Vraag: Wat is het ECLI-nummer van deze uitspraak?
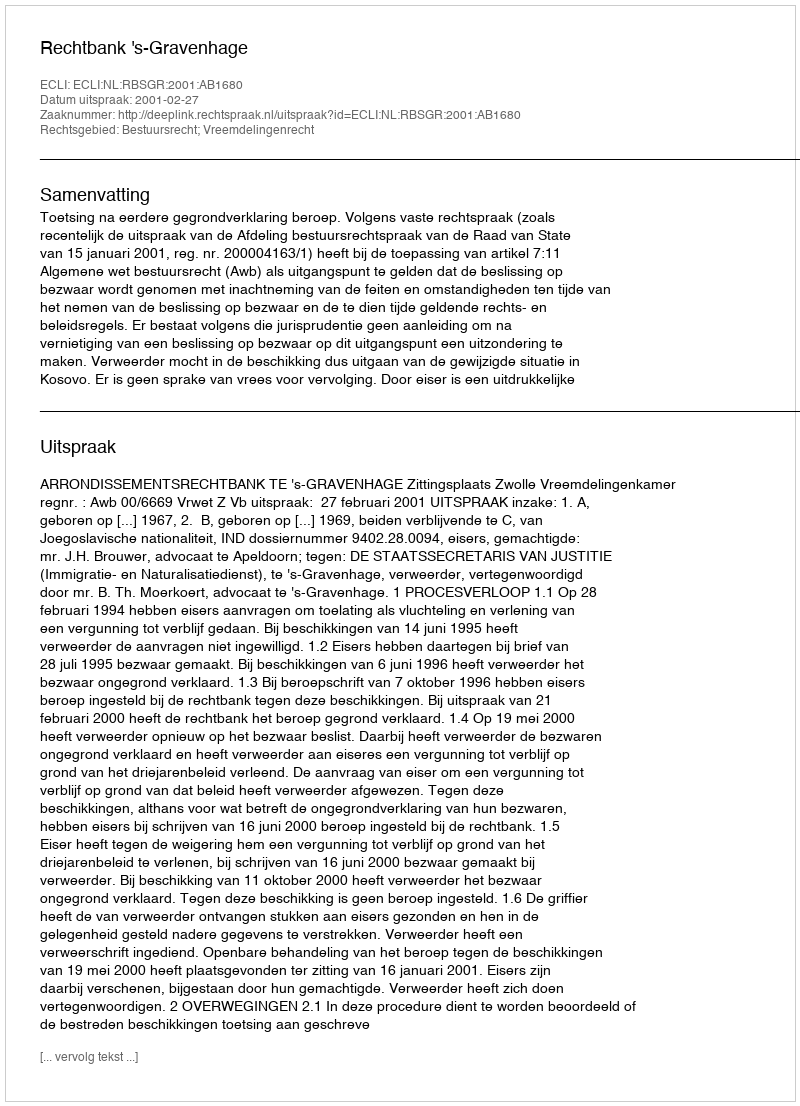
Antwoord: ECLI:NL:RBSGR:2001:AB1680